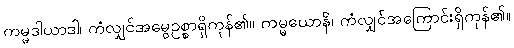
ကမ္မဒါယာဒါ၊ ကံလျှင်အမွေဥစ္စာရှိကုန်၏။ ကမ္မယောနိ၊ ကံလျှင်အကြောင်းရှိကုန်၏။